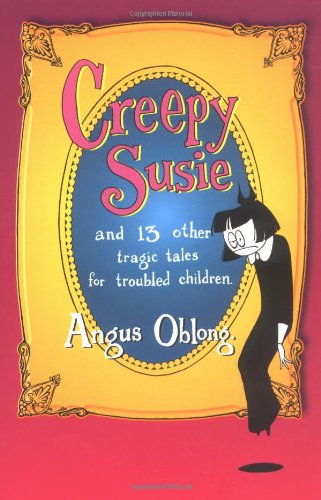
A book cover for Creepy Susie: And 13 Other Tragic Tales for Troubled Children; Angus Oblong; Humor & Entertainment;